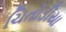
ચિતોડીયા